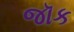
જૉક